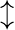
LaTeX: \updownarrow